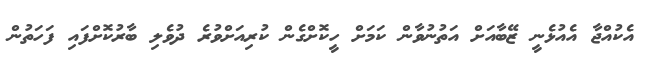
އެކުއްޖާ އެއުޅެނީ ޒޭބާއަށް އަތުނުވާން ކަމަށް ހީކޮށްގެން ކުރިއަށްވުރެ ދުވެލި ބާރުކޮށްފައި ފަހަތުން